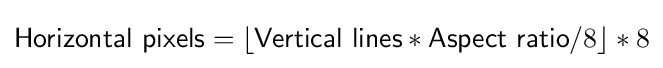
{\mathsf {Horizontal\ pixels}}=\lfloor {\mathsf {Vertical\ lines}}*{\mathsf {Aspect\ ratio}}/8\rfloor *8